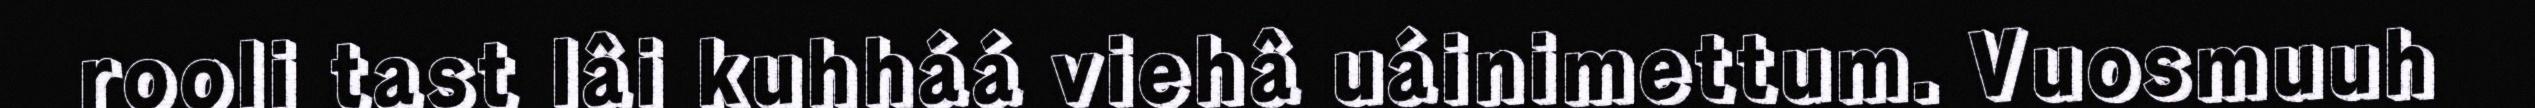
rooli tast lâi kuhháá viehâ uáinimettum. Vuosmuuh